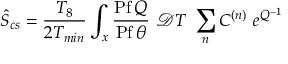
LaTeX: \hat { S } _ { c s } = \frac { T _ { 8 } } { 2 T _ { m i n } } \int _ { x } \frac { \mathrm { P f } \, Q } { \mathrm { P f } \, \theta } ~ { \mathcal { D } } T ~ \sum _ { n } C ^ { ( n ) } ~ e ^ { Q ^ { - 1 } }